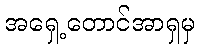
အရှေ့တောင်အာရှမှ